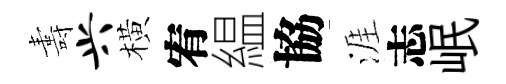
夀兴橫宥緼協涯志岷